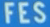
FES